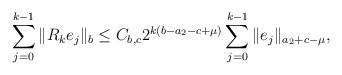
LaTeX: \begin{align*}\sum_{j=0}^{k-1} \| R_k e_j \|_b \leq C_{b,c} 2^{k(b - a_2 - c + \mu)} \sum_{j=0}^{k-1} \| e_j \|_{a_2 + c - \mu},\end{align*}